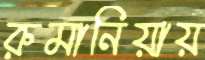
রুমানিয়ায়